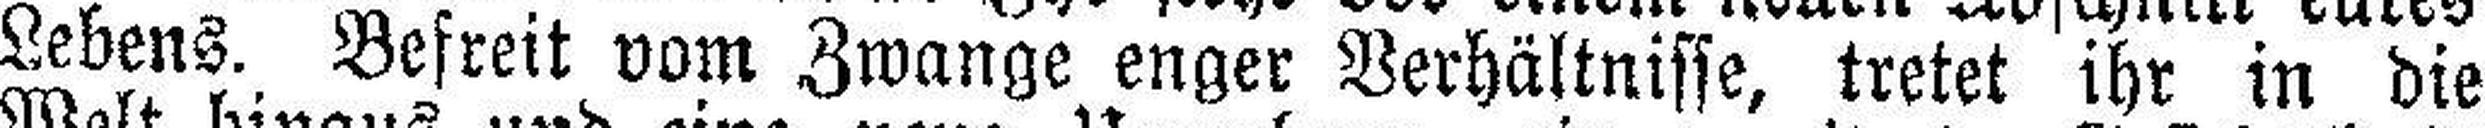
Lebens. Befreit vom Zwange enger Verhältnisse, tretet ihr in die